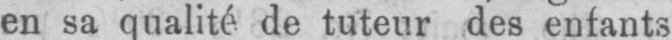
en sa qualité de tuteur des enfants